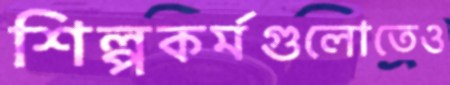
শিল্পকর্মগুলোতেও